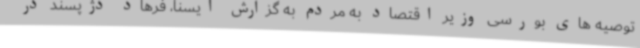
توصیه های بورسی وزیر اقتصاد به مردم به گزارش ایسنا، فرهاد دژپسند در